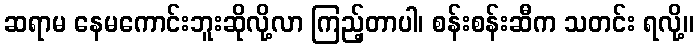
ဆရာမ နေမကောင်းဘူးဆိုလို့လာ ကြည့်တာပါ၊ စန်းစန်းဆီက သတင်း ရလို့။